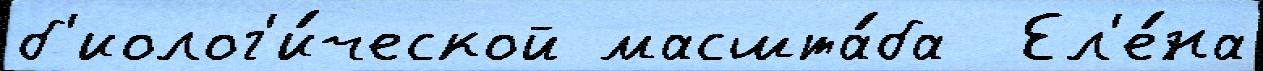
б'иолог'и́ческой масшта́ба  Ел'е́на